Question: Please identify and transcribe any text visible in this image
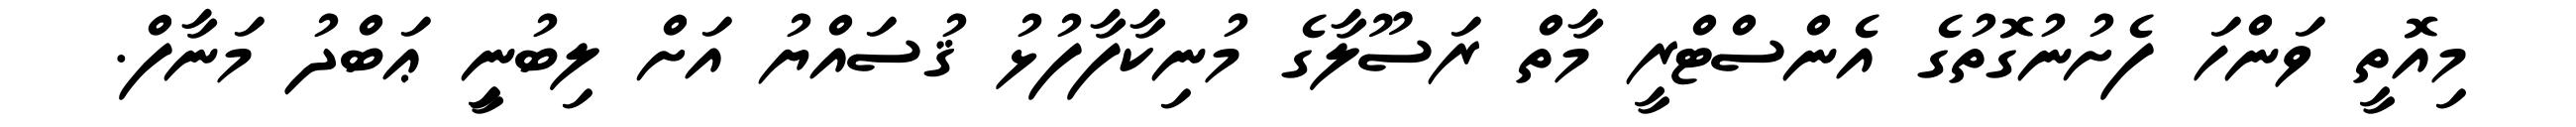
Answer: މިއޮތީ ވަންހަ ފެށުނުގޮތުގެ އެންސްޓްރީ މާތް ރަސޫލާގެ މުނިކާފާފުޅު ޤުސައްޔު އަށް ލިބުނިީ ޢަބްދު މަނާފް.